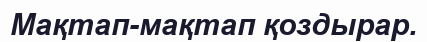
Мақтап-мақтап қоздырар.